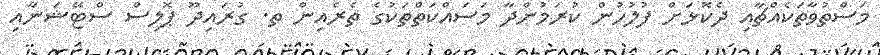
މަސްތުވާތަކެއްޗާއި ދެކޮޅަށް ފުލުހުން ކުރަމުންދާ މަސައްކަތްތަކުގެ ތެރެއިން ތ. ގުރައިދޫ ޕޮލިސް ސްޓޭޝަނާއި